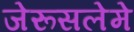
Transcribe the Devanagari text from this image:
जेरूसलेमे